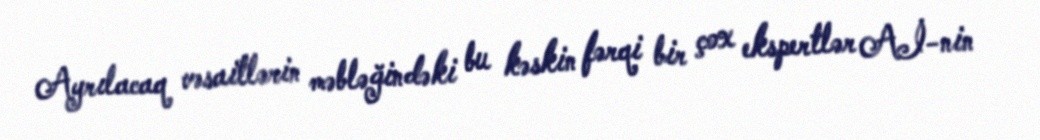
Ayrılacaq vəsaitlərin məbləğindəki bu kəskin fərqi bir çox ekspertlər Aİ-nin